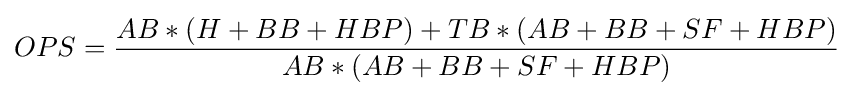
OPS={\frac {AB*(H+BB+HBP)+TB*(AB+BB+SF+HBP)}{AB*(AB+BB+SF+HBP)}}